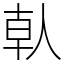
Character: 倝